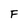
Character: F